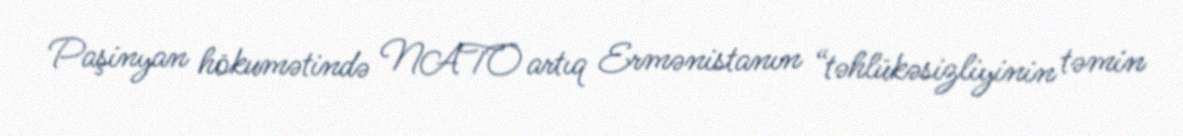
Paşinyan hökumətində NATO artıq Ermənistanın “təhlükəsizliyinin təmin